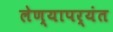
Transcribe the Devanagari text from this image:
लेण्यापर्यंत